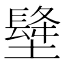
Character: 𡑺